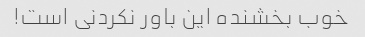
خوب بخشنده این باور نکردنی است!